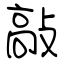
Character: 敲